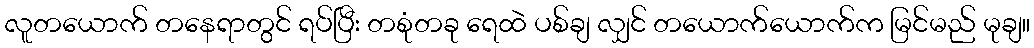
လူတယောက် တနေရာတွင် ရပ်ပြီး တစုံတခု ရေထဲ ပစ်ချ လျှင် တယောက်ယောက်က မြင်မည် မုချ။